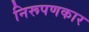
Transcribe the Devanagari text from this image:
निरूपणकार